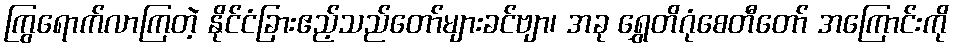
ကြွရောက်လာကြတဲ့ နိုင်ငံခြားဧည့်သည်တော်များခင်ဗျာ၊ အခု ရွှေတိဂုံစေတီတော် အကြောင်းကို